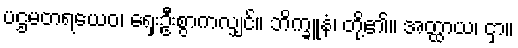
ပဌမတရယေဝ၊ ရှေးဦးစွာကလျှင်။ ဘိက္ခူနံ၊ တို့၏။ အတ္ထာယ၊ ငှာ။